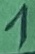
Text: 1